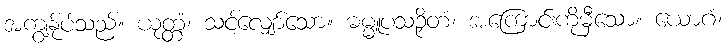
အကျွန်ုပ်သည်။ ယုတ္တံ၊ သင့်လျှော်သော။ ဓမ္မူပသဉှိတံ၊ အကြောင်းကိုမှီသော။ ယောဂံ၊